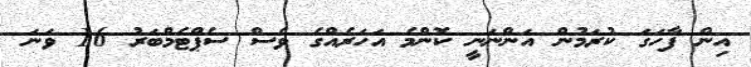
އިން ފާހަގަ ކުރަމުން އަންނަނީ ކޮންމެ އަހަރެއްގެ ވެސް ސެޕްޓެމްބަރު 16 ވަނަ